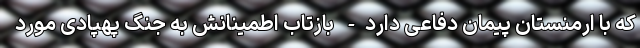
که با ارمنستان پیمان دفاعی دارد- بازتاب اطمینانش به جنگ پهپادی مورد